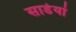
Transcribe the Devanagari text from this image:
साडेयां